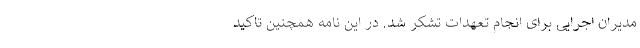
مدیران اجرایی برای انجام تعهدات تشکر شد. در این نامه همچنین تاکید